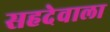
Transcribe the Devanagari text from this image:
सहदेवाला